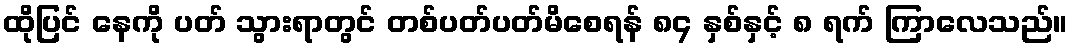
ထိုပြင် နေကို ပတ် သွားရာတွင် တစ်ပတ်ပတ်မိစေရန် ၈၄ နှစ်နှင့် ၈ ရက် ကြာလေသည်။